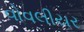
વોવલીયર